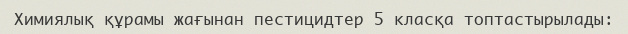
Химиялық құрамы жағынан пестицидтер 5 класқа топтастырылады: